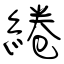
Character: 綣